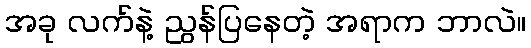
အခု လက်နဲ့ ညွန်ပြနေတဲ့ အရာက ဘာလဲ။